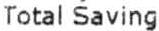
TOTAL SAVING